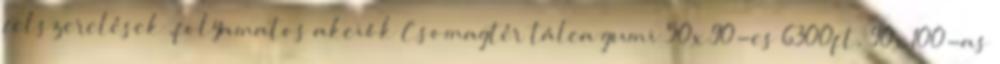
felszerelések ,folyamatos akciók Csomagtér tálca gumi 50x90-es 6300ft, 90x100-as